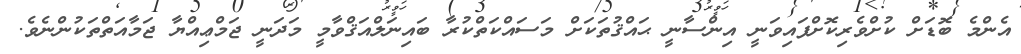
އެންމެ ބޮޑަށް ކުށްވެރިކޮށްފައިވަނީ އިންސާނީ ޙައްޤުތަކަށް މަސައްކަތްކުރާ ބައިނަލްއަޤްވާމީ މަދަނީ ޖަމްޢިއްޔާ ޖަމާއަތްތަކުންނެވެ.